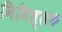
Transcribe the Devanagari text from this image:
निमित्तक